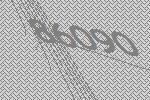
86090